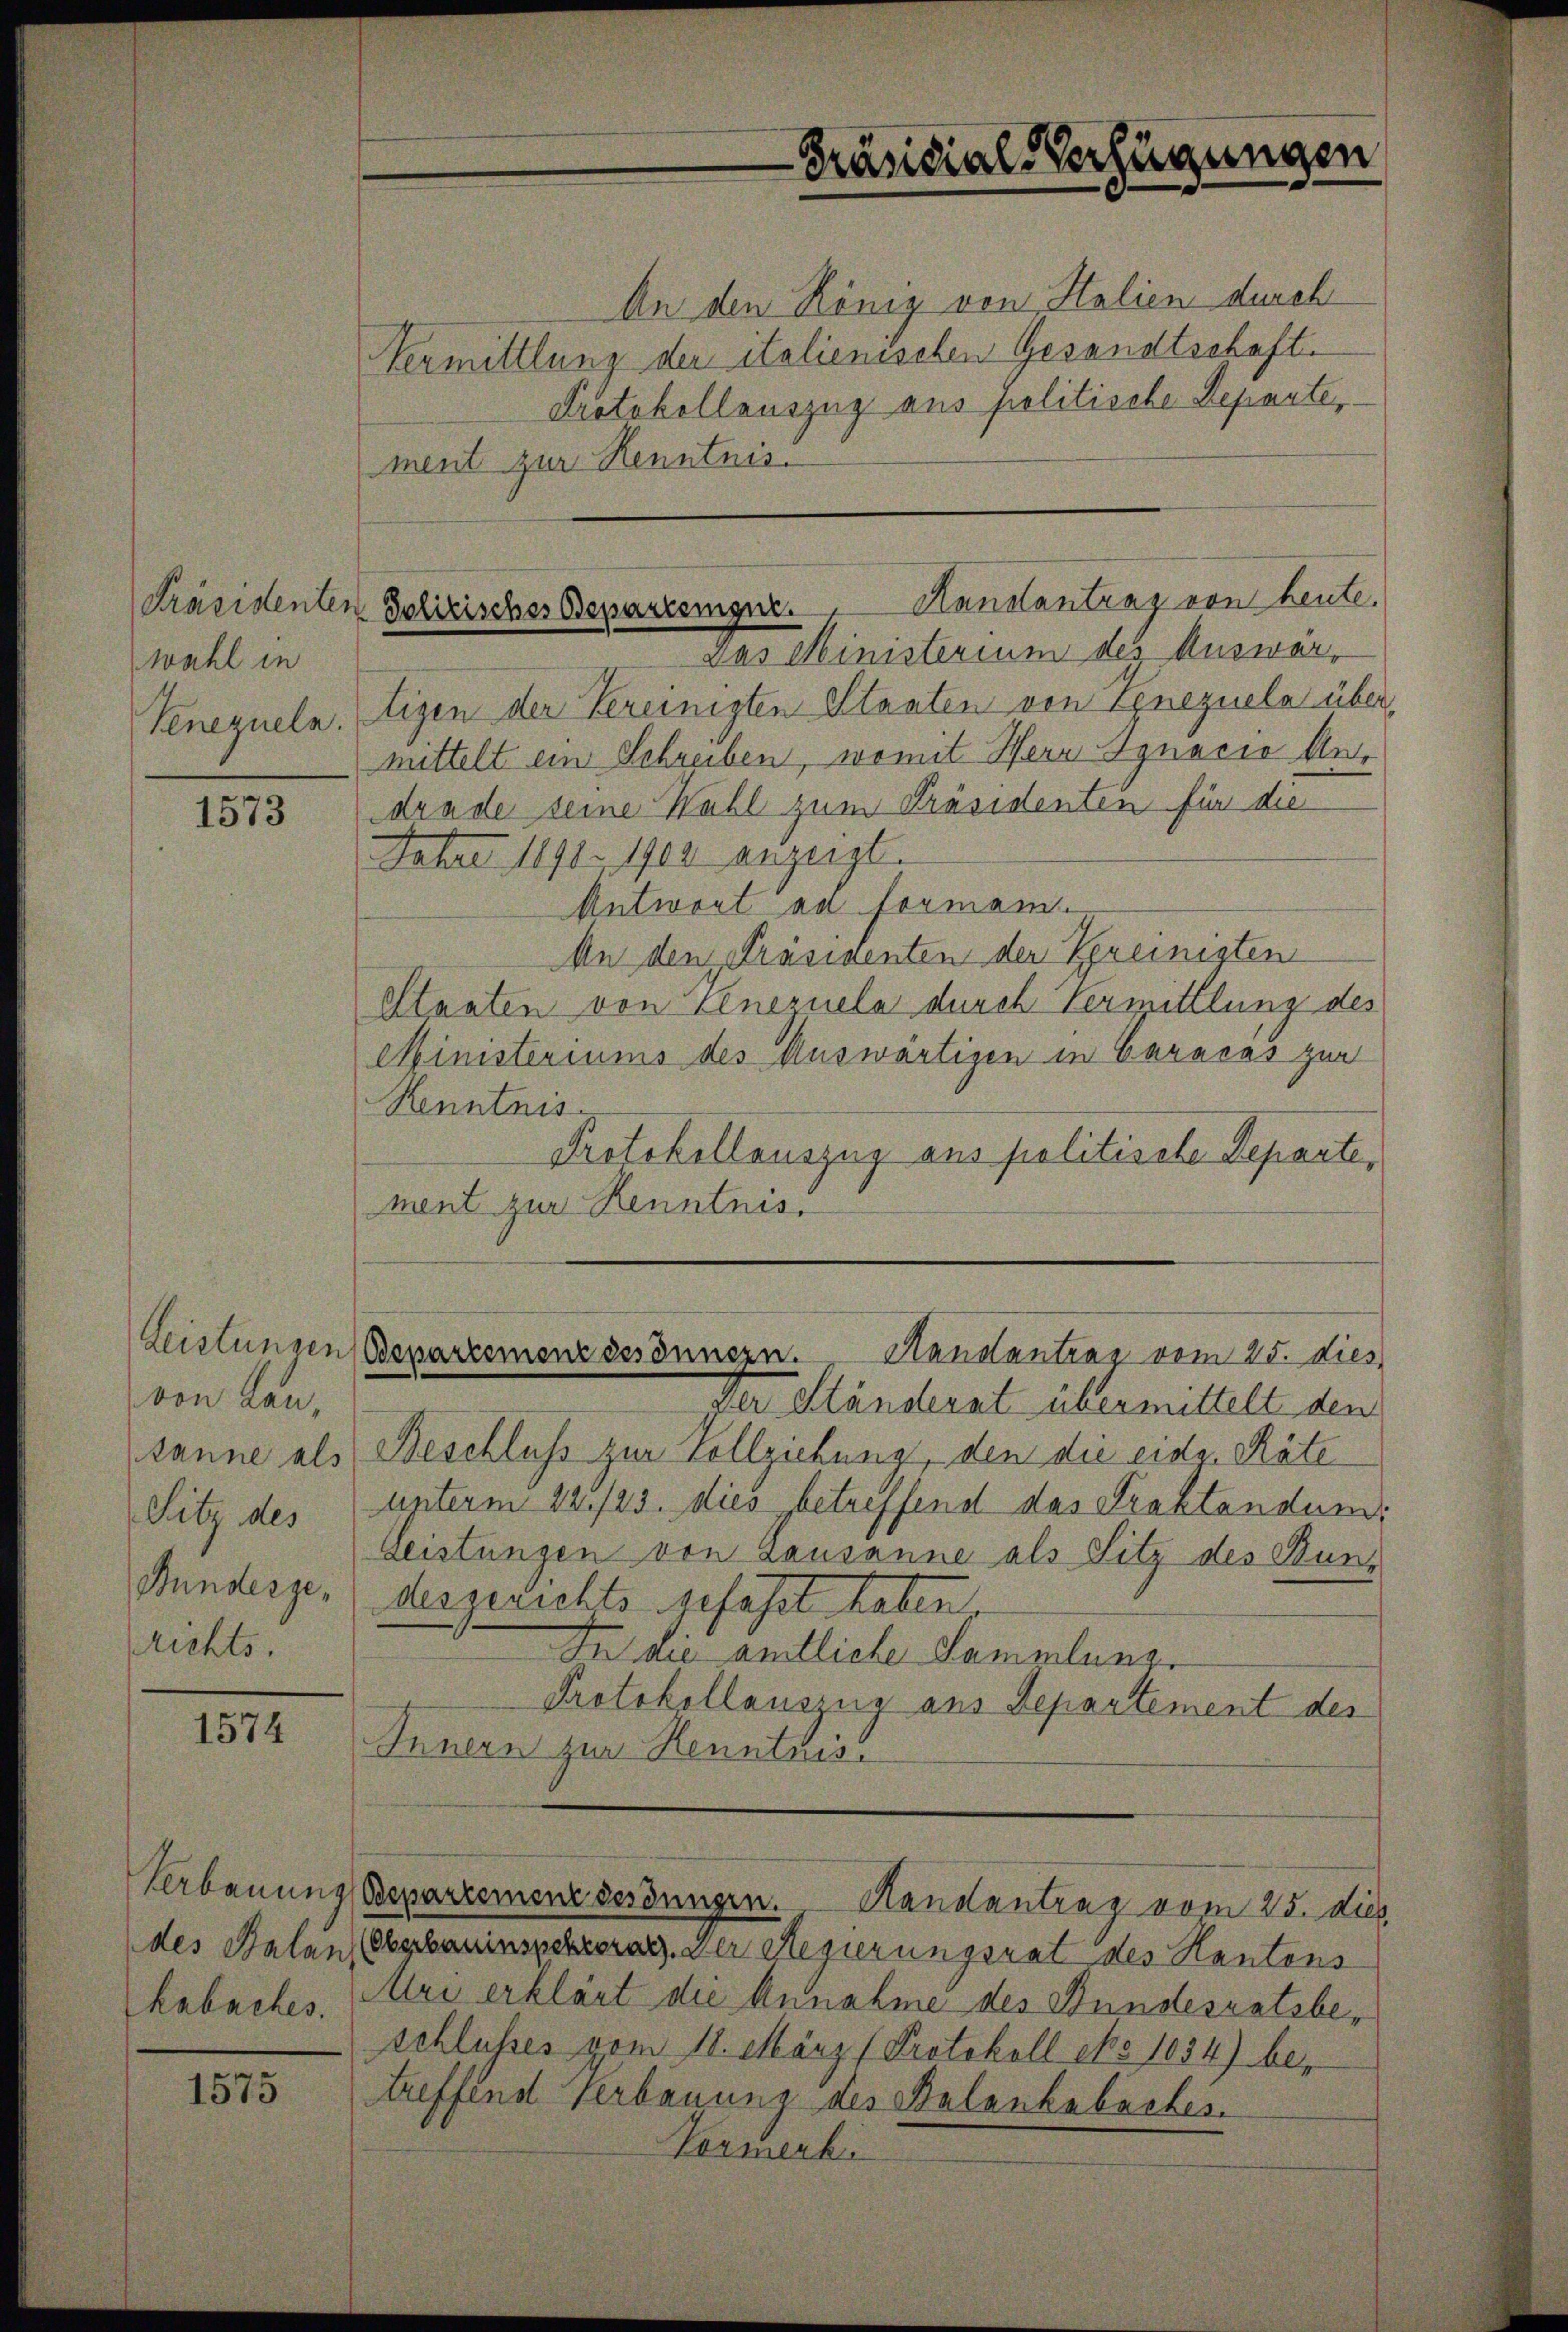
wahl in
Venezueln.

1573

von Lan¬
Bundesgerichts.

1574

Verbauung
des Balan,
habaches.

1575

An den König von Stalien durch
Vermittlung der italienischen Gesandtschaft.
Protokollauszug aus politische Departer.
ment zur Renntnis.
Das Ministerium des Auswärtigen der Vereinigten Stanten von Genezuela übermittelt ein Schreiben, womit Herr Synocio Andrade seine Wahl zum Präsidenten für die
Fahre 1890. 1900 anzeigt.
Antwort an forman.
An den Präsidenten der Bereinigten
Staaten von Knezuela durch Vermittlung des
Ministeriums des Auswärtigen in Caracas zur
Renntnis.
Protokollauszug aus politische Departe,
ment zur Kenntnis.

Präsidial-Verfügungen

Hanstantrag von heute.
Präsidenten Polizisches Departenger.

Leistungen Bepartemenz des Innern.
Handantrag vom 25. dies

Der Ständerat übermittelt den
tanne als Beschluss zur Vollziehung, den die eide Räte
Sitz des unterm 22./23. dies betreffend das Traktandund
Leistungen von Lausanne als Sitz des Bundesgerichts gefasst haben.
In die amtliche Sammlunge
Protokollauszug aus Departement des
Innern zur Kenntnis.
Bepartemenderdungen. Handantrag vom 25. dies
Oberbauinspektorat. Der Regierungsrat des Kantons
Mai erklärt die Annahme des Bundesratsbe¬
Schlusses vom 18. März (Protokoll epo 1034) be-
treffend Verbauung des Belankabaches.
Vormenki